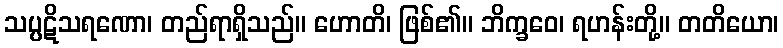
သပ္ပဋိသရဏော၊ တည်ရာရှိသည်။ ဟောတိ၊ ဖြစ်၏။ ဘိက္ခဝေ၊ ရဟန်းတို့။ တတိယော၊